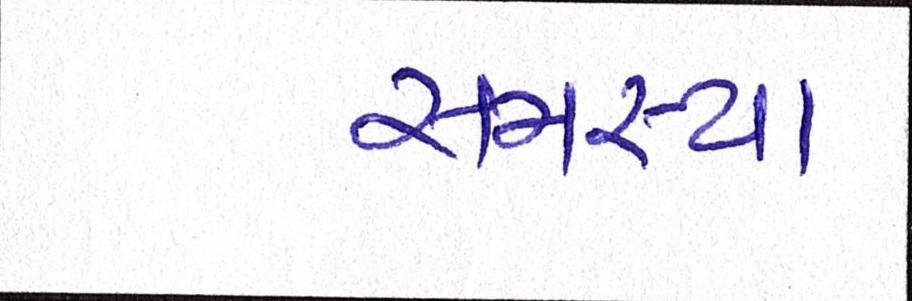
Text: સમસ્યા